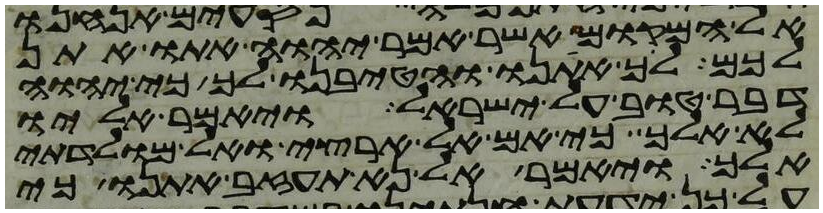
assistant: אל המקום אשר אמר יהוה אתו אתן
לכם לך אתנו והטיבנו לך כי יהוה
דבר טוב על ישראל ויאמר אליו
לא אלך כי אם אל ארצי ואל מולדתי
אלך ויאמר אל נא תעזב אתנו כי